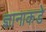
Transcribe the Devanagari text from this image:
ज्ञानाकडे